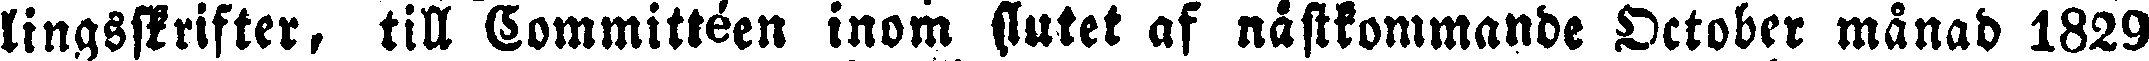
lingsskrifter, till Committéen inom slutet af nästkommande October månad 1829